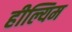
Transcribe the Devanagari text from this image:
हील्यिम